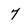
Character: 7